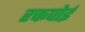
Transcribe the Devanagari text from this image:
रक्तपोई